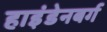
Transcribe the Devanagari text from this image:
हाइंडेनबर्ग